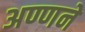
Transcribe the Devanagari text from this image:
अण्णने